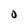
Character: O